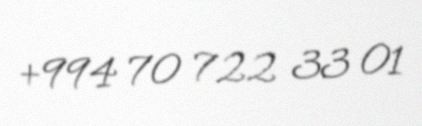
+994 70 722 33 01